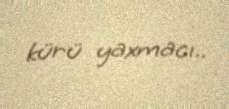
kürü yaxmacı..